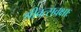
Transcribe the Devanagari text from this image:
श्रीवत्सवक्षाः